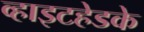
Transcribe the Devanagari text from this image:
व्हाइटहेडके